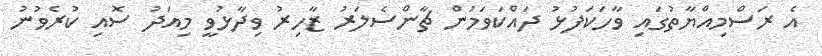
އެ ރަސްމިއްޔާތުގައި ވާހަކަފުޅު ދައްކަވަމުން ޗާންސެލަރު ޒާހިރު ވިދާޅުވީ މިއަދު ސޮއި ކުރެވުނު